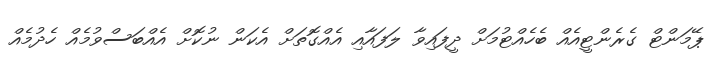
ޕޭމަންޓް ގެރެންޓީއެއް ބެހެއްޓުމަށް ދީފައިވާ ލަފައާއި އެއްގޮތަށް އެކަން ނުކޮށް އެއްބަސްވުމެއް ހެދުމެއް